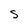
Character: S